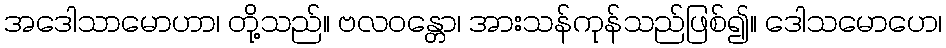
အဒေါသာမောဟာ၊ တို့သည်။ ဗလဝန္တော၊ အားသန်ကုန်သည်ဖြစ်၍။ ဒေါသမောဟေ၊